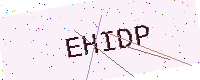
Text: EHIDP